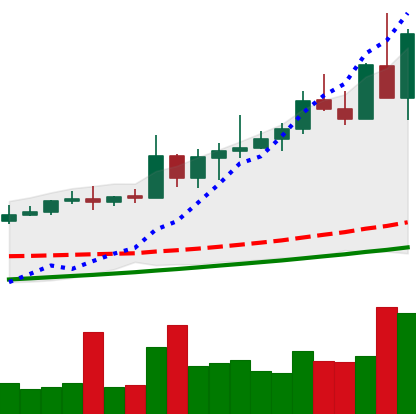
Ticker: NEO-USD
Chart end date: 2020-08-22
Forward return: -6.729%
Label: down_5_7